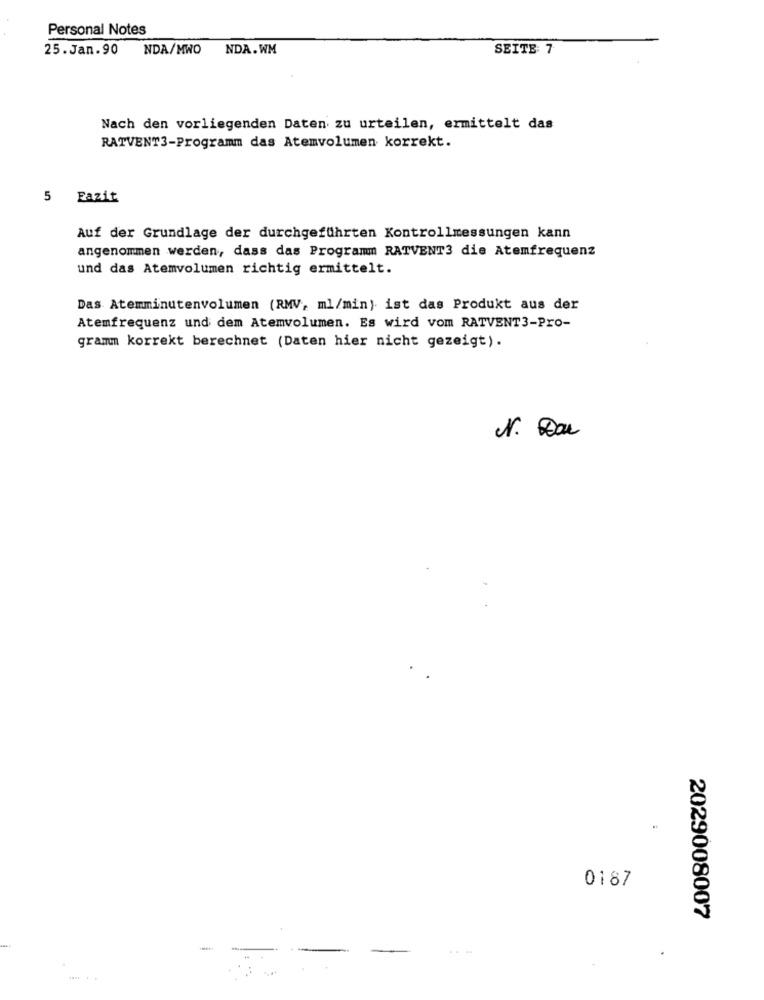
Personal Notes
25. Jan.90
NDA/MWO
NDA.WM
SEITE: 7
Nach den vorliegenden Daten zu urteilen, ermittelt das
RATVENT3-Programm das Atemvolumen korrekt.
5 Fazit
Auf der Grundlage der durchgeführten Kontrollmessungen kann
angenommen werden, dass das Programm RATVENT3 die Atemfrequenz
und das Atemvolumen richtig ermittelt.
Das Atemminutenvolumen (RMV, ml/min) ist das Produkt aus der
Atemfrequenz und dem Atemvolumen. Es wird vom RATVENT3-Pro-
gramm korrekt berechnet (Daten hier nicht gezeigt).
0187
2029008007